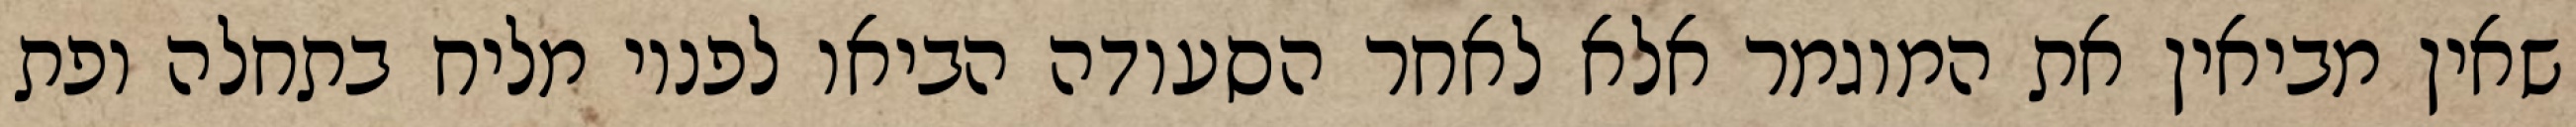
שאין מביאין את המוגמר אלא לאחר הסעודה הביאו לפניו מליח בתחלה ופת